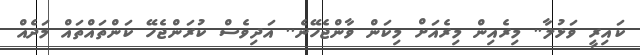
ކައިރީ ވަޅުލާ.. މިރެއިން މިރެއަށް މިކަން ވާންޖެހޭނެ.. އަދިވެސް ކުރަންޖެހޭ ކަންތައްތައް މަދެއް